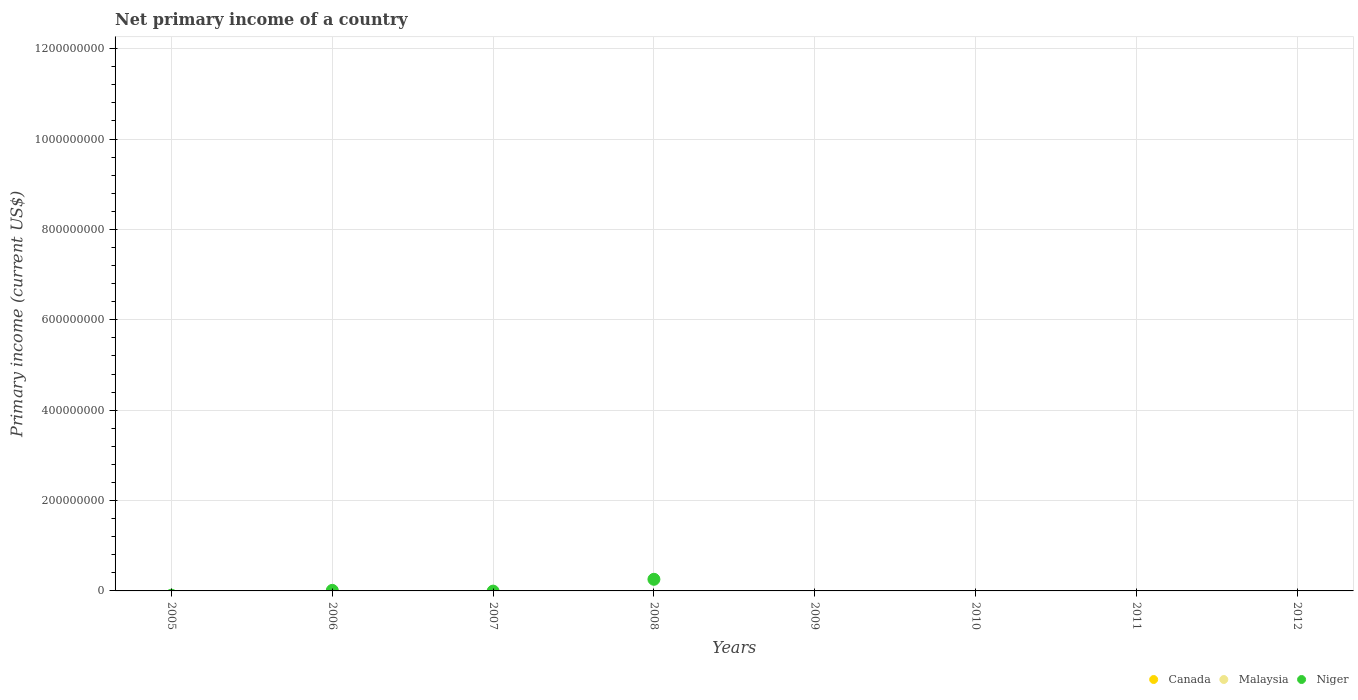
| Years | Canada | Malaysia | Niger |
 | --- | --- | --- | --- |
 | 2005 | -2.23e+10 | -6.32e+09 | -9.5e+06 |
 | 2006 | -1.56e+10 | -4.71e+09 | 1.21e+06 |
 | 2007 | -1.73e+10 | -4.08e+09 | -4.4e+05 |
 | 2008 | -2.4e+10 | -7.14e+09 | 2.57e+07 |
 | 2009 | -1.79e+10 | -4.17e+09 | -3.88e+07 |
 | 2010 | -2.28e+10 | -8.08e+09 | -4.72e+07 |
 | 2011 | -2.32e+10 | -7.13e+09 | -4.97e+07 |
 | 2012 | -2.28e+10 | -1.16e+10 | -1.19e+08 |